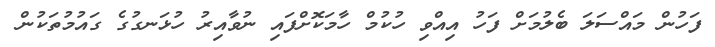
ފަހުން މައްސަލަ ބެލުމަށް ފަހު އިއްވި ހުކުމް ހާމަކޮށްފައި ނުވާއިރު ހުޅަނގުގެ ގައުމުތަކުން